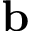
\mathbf { b }